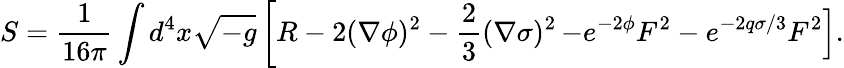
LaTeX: S=\frac{1}{16\pi}\int d^{4}x\sqrt{-g}\left[R-2(\nabla\phi)^{2}-\frac{2}{3}(\nabla\sigma)^{2}\right.\left.-e^{-2\phi}F^{2}-e^{-2q\sigma/3}F^{2}\right].